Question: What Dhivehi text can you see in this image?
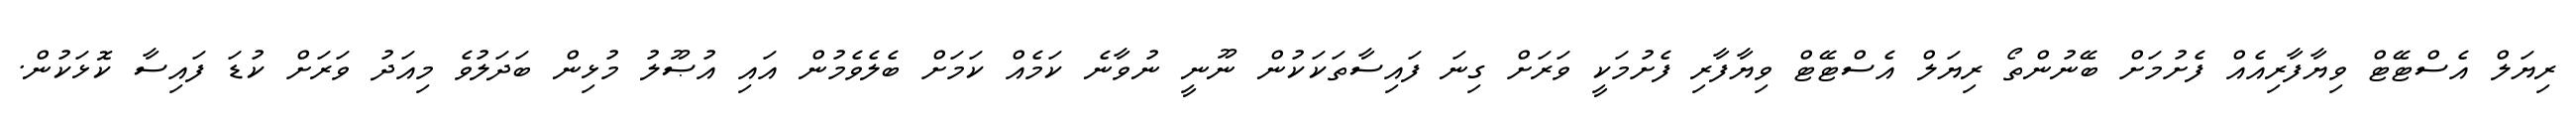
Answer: ރިޔަލް އެސްޓޭޓް ވިޔާފާރިއެއް ފެށުމަށް ބޭނުންތޯ ރިޔަލް އެސްޓޭޓް ވިޔާފާރި ފެށުމަކީ ވަރަށް ގިނަ ފައިސާތަކަކުން ނޫނީ ނުވާނެ ކަމެއް ކަމަށް ބެލެވެމުން އައި އުޞޫލު މުޅިން ބަދަލުވެ މިއަދު ވަރަށް ކުޑަ ފައިސާ ކޮޅަކުން.